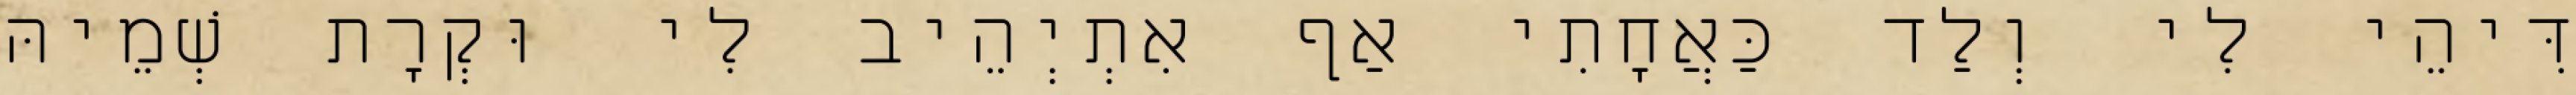
דִּיהֵי לִי וְלַד כַּאֲחָתִי אַף אִתְיְהֵיב לִי וּקְרָת שְׁמֵיהּ